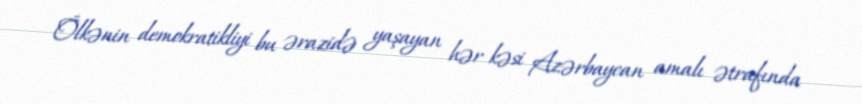
Ölkənin demokratikliyi bu ərazidə yaşayan hər kəsi Azərbaycan amalı ətrafında